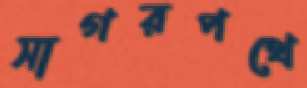
সাগরপথে